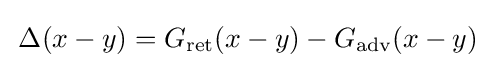
\,\Delta (x-y)=G_{\text{ret}}(x-y)-G_{\text{adv}}(x-y)